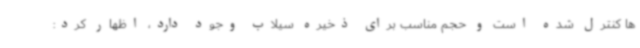
ها کنترل شده است و حجم مناسب برای ذخیره سیلاب وجود دارد، اظهار کرد: